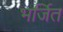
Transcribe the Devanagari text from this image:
भर्जित